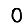
Digit: 0